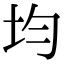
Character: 均